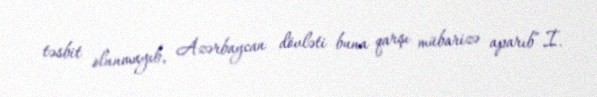
təsbit olunmayıb, Azərbaycan dövləti buna qarşı mübarizə aparıb”.İ.